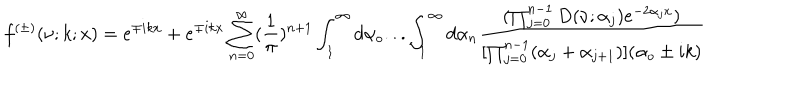
f ^ { ( \pm ) } ( \nu ; k ; x ) = e ^ { \mp i k x } + e ^ { \mp i k x } \sum _ { n = 0 } ^ { \infty } ( \frac { 1 } { \pi } ) ^ { n + 1 } \int _ { 1 } ^ { \infty } d \alpha _ { o } . . . \int _ { 1 } ^ { \infty } d \alpha _ { n } \frac { ( \prod _ { j = 0 } ^ { n - 1 } D ( \nu ; \alpha _ { j } ) e ^ { - 2 \alpha _ { j } x } ) } { [ \prod _ { j = 0 } ^ { n - 1 } ( \alpha _ { j } + \alpha _ { j + 1 } ) ] ( \alpha _ { o } \pm i k ) }